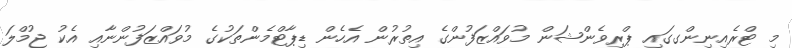
މި ޓްރެއިނިންގގައި ޕްރިވެންޝަން މުވައްޒަފުންގެ އިތުރުން އެހެން ޑިޕާޓްމެންތަކުގެ މުވައްޒަފުންނާއި އެކު ޖުމްލަ